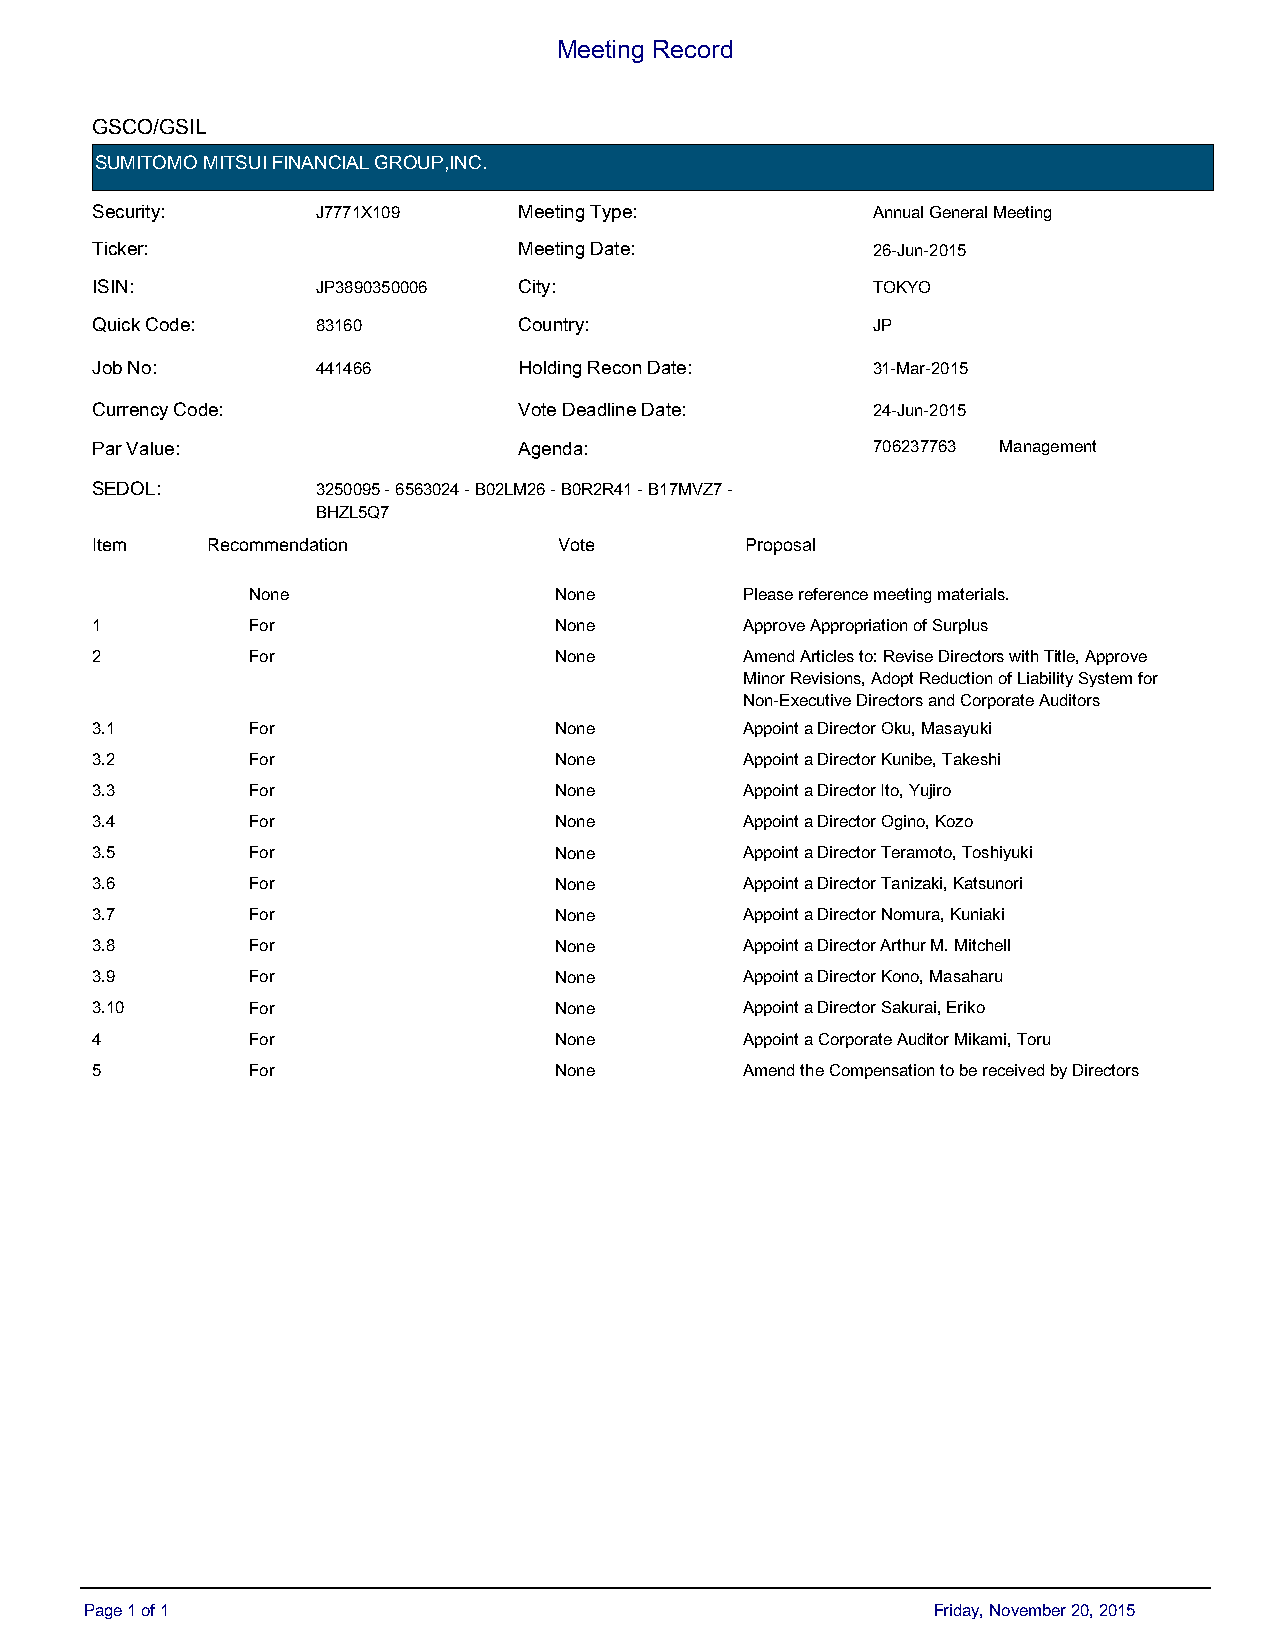
Meeting Record
 GSCO/GSIL
 SUMITOMO MITSUI FINANCIAL GROUP,INC.
 Security:      J7771X109    Meeting Type:           Annual General Meeting
 Ticker:                     Meeting Date:           26-Jun-2015
 ISIN:          JP3890350006 City:                   TOKYO
 Quick Code:    83160        Country:                JP
 Job No:        441466       Holding Recon Date:     31-Mar-2015
 Currency Code:              Vote Deadline Date:     24-Jun-2015
 Par Value:                  Agenda:                 706237763 Management
 SEDOL:         3250095 - 6563024 - B02LM26 - B0R2R41 - B17MVZ7 -
 BHZL5Q7
 IItteemm RecomRemceonmdmatieonnd a t i o n DVeoftaeu lt V o t e P Prrooppoossaall
 None                 None        Please reference meeting materials.
 1         For                  None        Approve Appropriation of Surplus
 2         For                  None        Amend Articles to: Revise Directors with Title, Approve
 Minor Revisions, Adopt Reduction of Liability System for
 Non-Executive Directors and Corporate Auditors
 3.1       For                  None        Appoint a Director Oku, Masayuki
 3.2       For                  None        Appoint a Director Kunibe, Takeshi
 3.3       For                  None        Appoint a Director Ito, Yujiro
 3.4       For                  None        Appoint a Director Ogino, Kozo
 3.5       For                  None        Appoint a Director Teramoto, Toshiyuki
 3.6       For                  None        Appoint a Director Tanizaki, Katsunori
 3.7       For                  None        Appoint a Director Nomura, Kuniaki
 3.8       For                  None        Appoint a Director Arthur M. Mitchell
 3.9       For                  None        Appoint a Director Kono, Masaharu
 3.10      For                  None        Appoint a Director Sakurai, Eriko
 4         For                  None        Appoint a Corporate Auditor Mikami, Toru
 5         For                  None        Amend the Compensation to be received by Directors
 Page 1 of 1                                             Friday, November 20, 2015